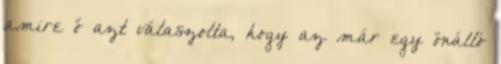
amire ő azt válaszolta, hogy az már egy önálló